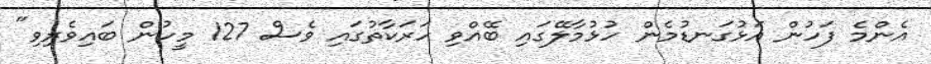
އެންމެ ފަހުން އަޅުގަނޑުމެން ހުޅުމާލޭގައި ބޭއްވި ހަރަކާތުގައި ވެސް 127 މީހުން ބައިވެރިވި"